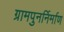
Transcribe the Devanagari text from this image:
ग्रामपुनर्निर्माण